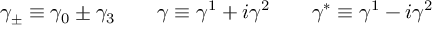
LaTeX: \gamma _ { \pm } \equiv \gamma _ { 0 } \pm \gamma _ { 3 } \qquad \gamma \equiv \gamma ^ { 1 } + i \gamma ^ { 2 } \qquad \gamma ^ { * } \equiv \gamma ^ { 1 } - i \gamma ^ { 2 }